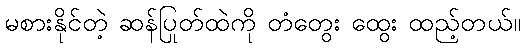
မစားနိုင်တဲ့ ဆန်ပြုတ်ထဲကို တံတွေး ထွေး ထည့်တယ်။